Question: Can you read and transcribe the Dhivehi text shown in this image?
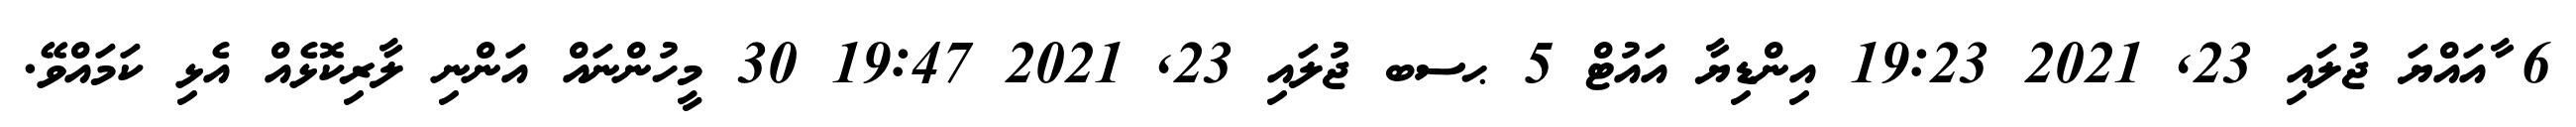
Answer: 6 ާއައްޔަ ޖުލައި 23, 2021 19:23 އިންޑިޔާ އައުޓް 5 ޙސބ ޖުލައި 23, 2021 19:47 30 މީހުންނައް އަންނި ލާރިކޮޅެއް އެޅި ކަމައްވޭ.